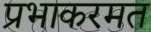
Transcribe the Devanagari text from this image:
प्रभाकरमत